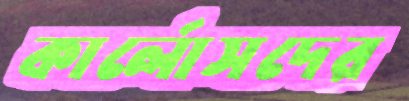
কার্লোসদের